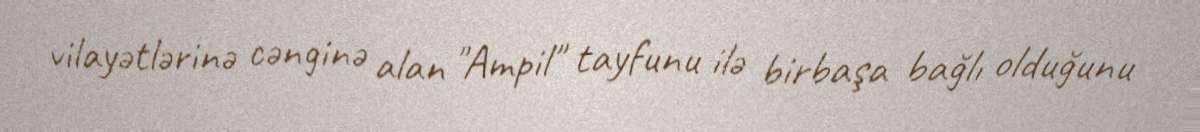
vilayətlərinə cənginə alan "Ampil" tayfunu ilə birbaşa bağlı olduğunu